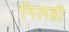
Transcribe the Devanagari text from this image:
मिलही